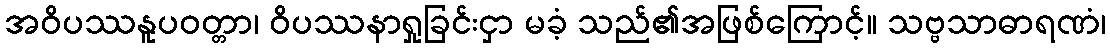
အဝိပဿနူပဝတ္တာ၊ ဝိပဿနာရှုခြင်းငှာ မခံ့ သည်၏အဖြစ်ကြောင့်။ သဗ္ဗသာဓာရဏံ၊